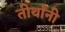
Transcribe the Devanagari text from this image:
तीर्थांनी